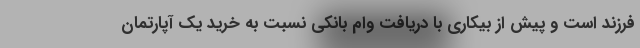
فرزند است و پیش از بیکاری با دریافت وام بانکی نسبت به خرید یک آپارتمان